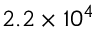
2 . 2 \times 1 0 ^ { 4 }